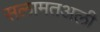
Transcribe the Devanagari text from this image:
सलामतअली